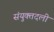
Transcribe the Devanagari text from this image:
संयुक्तदली